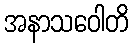
အနာသဝေါတိ